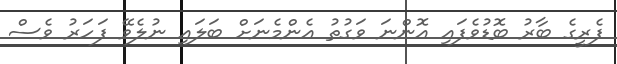
ފެރީގެ ބާރު ބޮޑުވެފައި އޮންނަ ވަގުތު އެންމެނަށް ބަލައި ނުލެވޭ ފަހަރު ވެސް